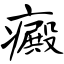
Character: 癜